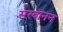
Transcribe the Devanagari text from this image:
सरवानन